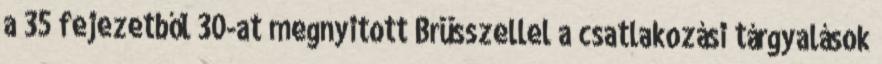
a 35 fejezetből 30-at megnyitott Brüsszellel a csatlakozási tárgyalások